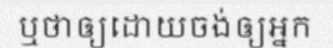
ឬថាឲ្យដោយចង់ឲ្យអ្នក